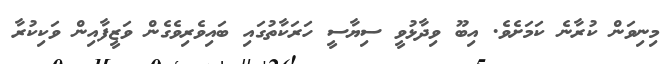
މިނިވަން ކުރާނެ ކަމަށެވެ. އިބޫ ވިދާޅުވީ ސިޔާސީ ހަރަކާތުގައި ބައިވެރިވެގެން ވަޒީފާއިން ވަކިކުރާ